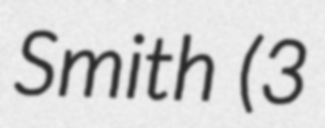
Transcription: Smith  (3